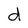
Character: d